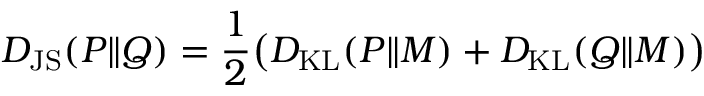
D _ { \mathrm { { J S } } } ( P \Vert Q ) = \frac 1 2 \bigl ( D _ { \mathrm { { K L } } } ( P \Vert M ) + D _ { \mathrm { { K L } } } ( Q \Vert M ) \bigr )